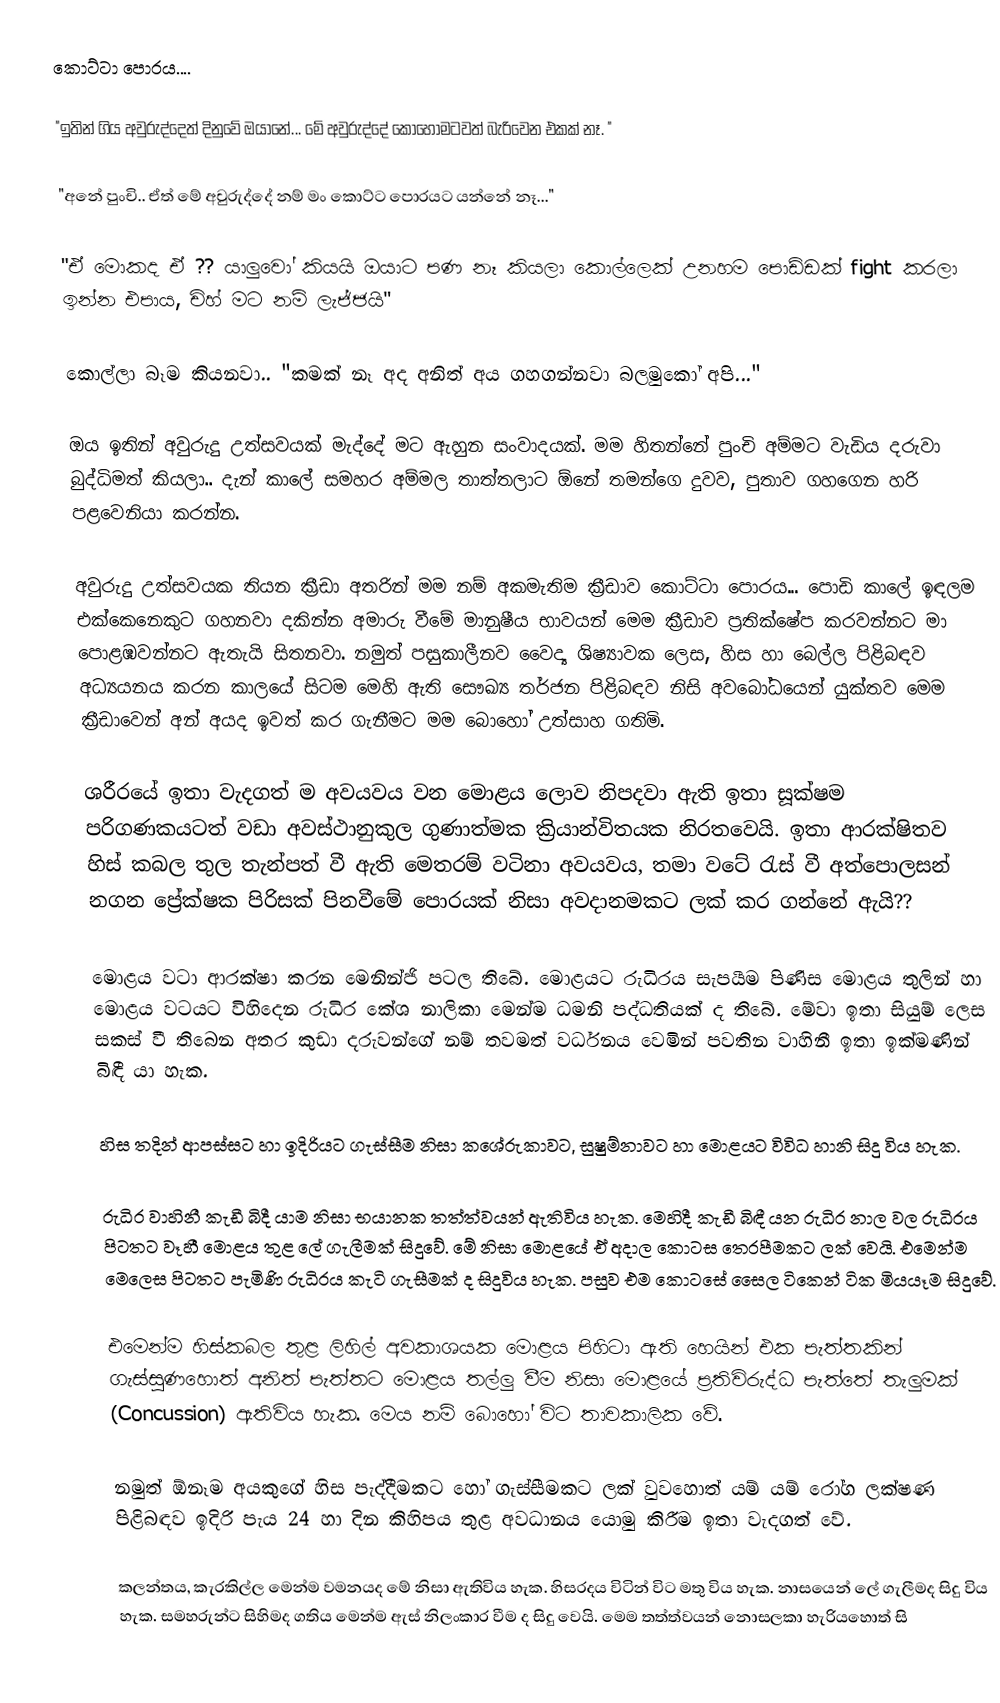
කොට්ටා පොරය....

"ඉතින් ගිය අවුරුද්දෙත් දිනුවේ ඔයානේ... මේ අවුරුද්දේ කොහොමටවත් බැරිවෙන එකක් නෑ. "

"අනේ පුංචි.. ඒත් මේ අවුරුද්දේ නම් මං කොට්ට පොරයට යන්නේ නෑ..."

"ඒ මොකද ඒ ?? යාලුවෝ කියයි ඔයාට පණ නෑ කියලා කොල්ලෙක් උනහම පොඩ්ඩක් fight කරලා ඉන්න එපාය, චිහ් මට නම් ලැජ්ජයි"

කොල්ලා බෑම කියනවා.. "කමක් නෑ අද අනිත් අය ගහගන්නවා බලමුකෝ අපි..."

ඔය ඉතින් අවුරුදු උත්සවයක් මැද්දේ මට ඇහුන සංවාදයක්. මම හිතන්නේ පුංචි අම්මට වැඩිය දරුවා බුද්ධිමත් කියලා.. දැන් කාලේ සමහර අම්මල තාත්තලාට ඕනේ තමන්ගෙ දුවව, පුතාව ගහගෙන හරි පළවෙනියා කරන්න.

අවුරුදු උත්සවයක තියන ක්‍රීඩා අතරින් මම නම් අකමැතිම ක්‍රීඩාව කොට්ටා පොරය... පොඩි කාලේ ඉඳලම එක්කෙනෙකුට ගහනවා දකින්න අමාරු වීමේ මානුෂීය භාවයන් මෙම ක්‍රීඩාව ප්‍රතික්ෂේප කරවන්නට මා පොළඹවන්නට ඇතැයි සිතනවා. නමුත් පසුකාලීනව වෛද්‍ය ශිෂ්‍යාවක ලෙස, හිස හා බෙල්ල පිළිබඳව අධ්‍යයනය කරන කාලයේ සිටම මෙහි ඇති සෞඛ්‍ය තර්ජන පිළිබඳව නිසි අවබෝධයෙන් යුක්තව මෙම ක්‍රීඩාවෙන් අන් අයද ඉවත් කර ගැනීමට මම බොහෝ උත්සාහ ගතිමි.

ශරීරයේ ඉතා වැදගත් ම අවයවය වන මොළය ලොව නිපදවා ඇති ඉතා සූක්ෂම පරිගණකයටත් වඩා අවස්ථානුකුල ගුණාත්මක ක්‍රියාන්විතයක නිරතවෙයි. ඉතා ආරක්ෂිතව හිස් කබල තුල තැන්පත් වී ඇති මෙතරම් වටිනා අවයවය, තමා වටේ රැස් වී අත්පොලසන් නගන ප්‍රේක්ෂක පිරිසක් පිනවීමේ පොරයක් නිසා අවදානමකට ලක් කර ගන්නේ ඇයි??

මොළය වටා ආරක්ෂා කරන මෙනින්ජි පටල තිබේ. මොළයට රුධිරය සැපයීම පිණිස මොළය තුලින් හා මොළය වටයට විහිදෙන රුධිර කේශ නාලිකා මෙන්ම ධමනි පද්ධතියක් ද තිබේ. මේවා ඉතා සියුම් ලෙස සකස් වී තිබෙන අතර කුඩා දරුවන්ගේ නම් තවමත් වර්ධනය වෙමින් පවතින වාහිනී ඉතා ඉක්මණින් බිඳී යා හැක.

හිස තදින් ආපස්සට හා ඉදිරියට ගැස්සීම නිසා කශේරුකාවට, සුෂුම්නාවට හා මොළයට විවිධ හානි සිදු විය හැක.

රුධිර වාහිනී කැඩී බිදී යාම නිසා භයානක තත්ත්වයන් ඇතිවිය හැක. මෙහිදී කැඩී බිඳී යන රුධිර නාල වල රුධිරය පිටතට වෑහී මොළය තුළ ලේ ගැලීමක් සිදුවේ. මේ නිසා මොළයේ ඒ අදාල කොටස තෙරපීමකට ලක් වෙයි. එමෙන්ම මෙලෙස පිටතට පැමිණි රුධිරය කැටි ගැසීමක් ද සිදුවිය හැක. පසුව එම කොටසේ සෛල ටිකෙන් ටික මියයෑම සිදුවේ.

එමෙන්ම හිස්කබල තුළ ලිහිල් අවකාශයක මොළය පිහිටා ඇති හෙයින් එක පැත්තකින් ගැස්සුණහොත් අනිත් පැත්තට මොළය තල්ලු වීම නිසා මොළයේ ප්‍රතිවිරුද්ධ පැත්තේ තැලුමක් (Concussion) ඇතිවිය හැක. මෙය නම් බොහෝ විට තාවකාලික වේ.

නමුත් ඕනෑම අයකුගේ හිස පැද්දීමකට හෝ ගැස්සීමකට ලක් වුවහොත් යම් යම් රෝග ලක්ෂණ පිළිබඳව ඉදිරි පැය 24 හා දින කිහිපය තුළ අවධානය යොමු කිරීම ඉතා වැදගත් වේ.

කලන්තය, කැරකිල්ල මෙන්ම වමනයද මේ නිසා ඇතිවිය හැක. හිසරදය විටින් විට මතු විය හැක. නාසයෙන් ලේ ගැලීමද සිදු විය හැක. සමහරුන්ට සිහිමද ගතිය මෙන්ම ඇස් නිලංකාර වීම ද සිදු වෙයි. මෙම තත්ත්වයන් නොසලකා හැරියහොත් සි